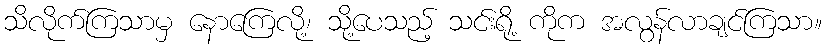
သိလိုက်ကြသာမှ နောကြေလို့၊ သို့ပေသည့် သင်းရို့ ကိုက အလွန်လာချင်ကြသာ။